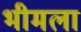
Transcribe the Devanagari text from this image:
भीमला